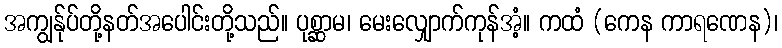
အကျွန်ုပ်တို့နတ်အပေါင်းတို့သည်။ ပုစ္ဆာမ၊ မေးလျှောက်ကုန်အံ့။ ကထံ (ကေန ကာရဏေန)၊